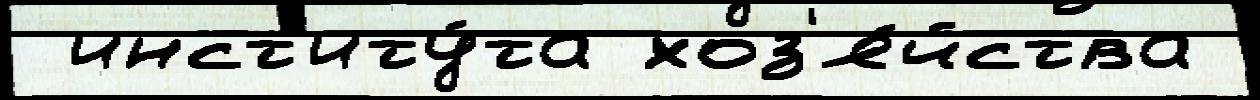
 инст'иту́та хоз'я́йства